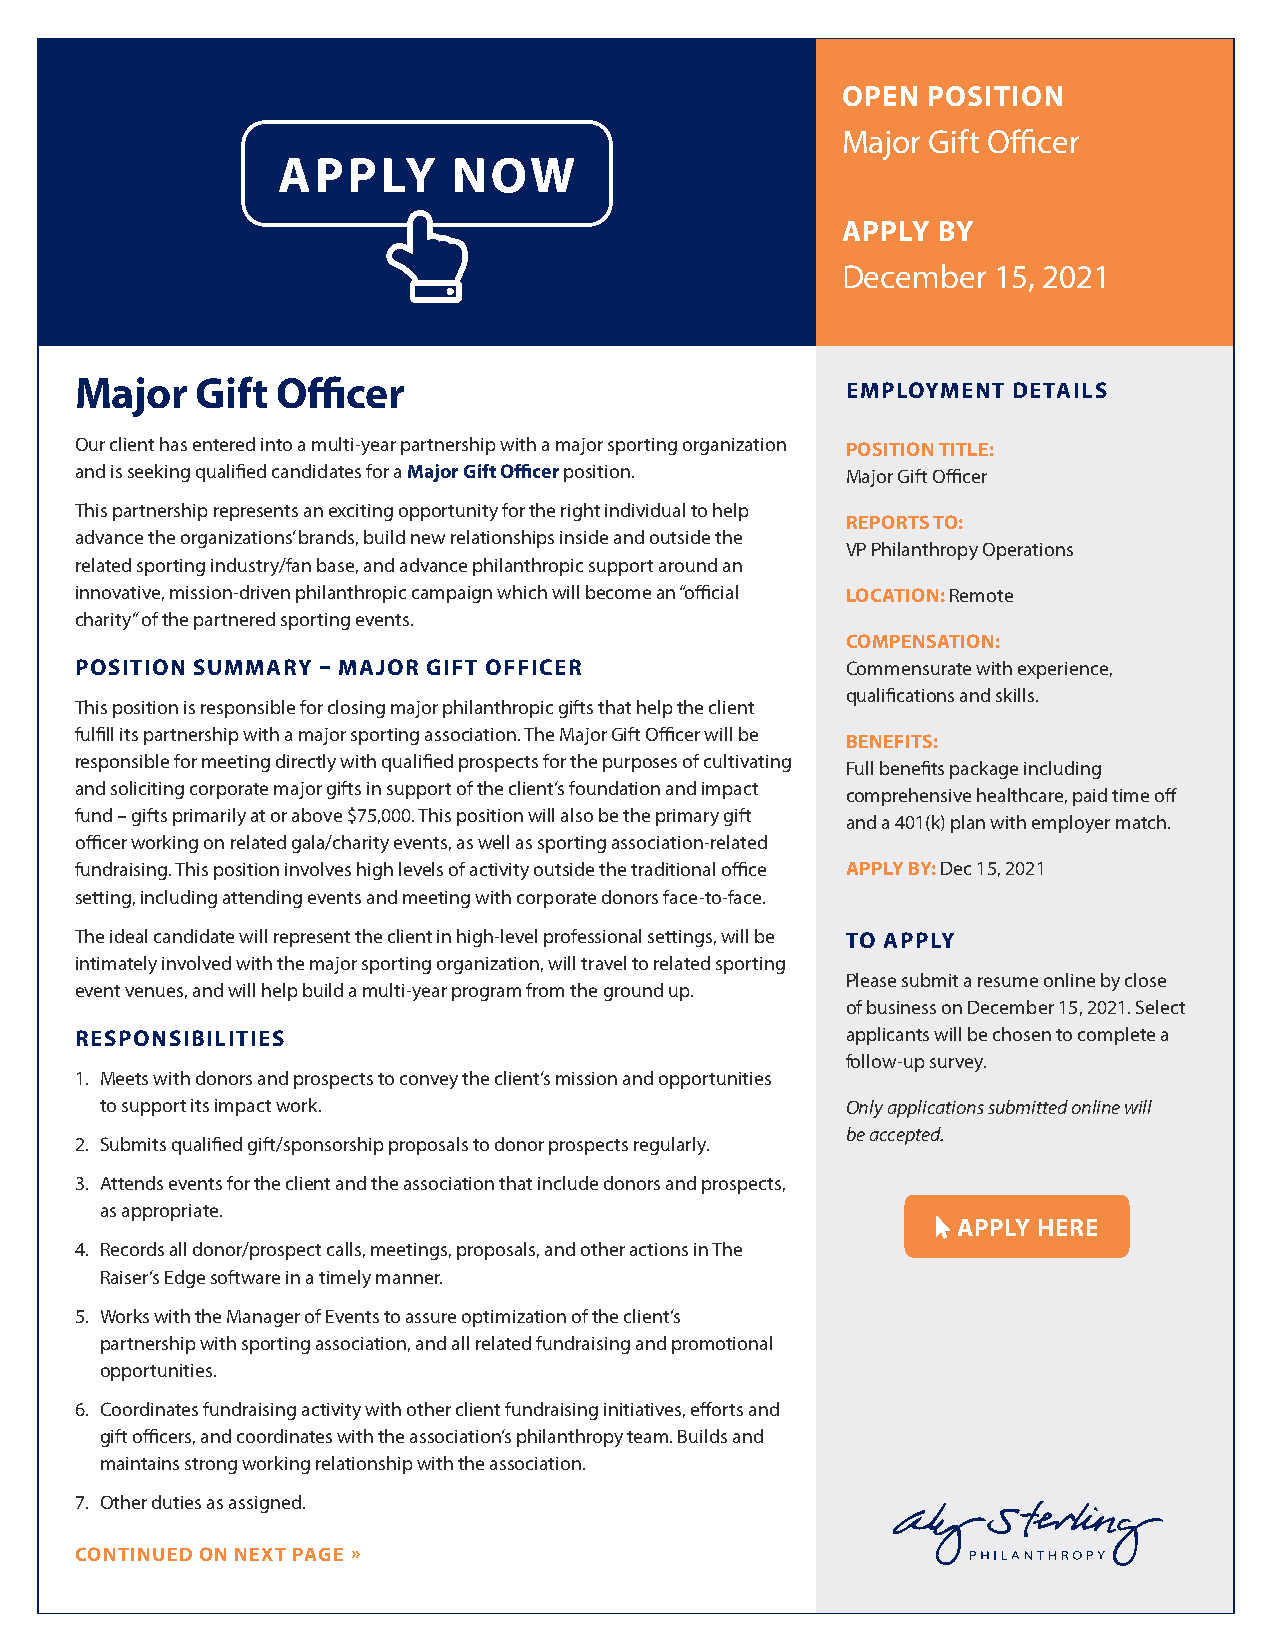
OPEN POSITION
 Major Gift Officer
 APPLY       NOW
 APPLY BY
 December  15, 2021
 Major   Gift Officer                               EMPLOYMENT DETAILS
 Our client has entered into a multi-year partnership with a major sporting organization POSITION TITLE:
 and is seeking qualified candidates for a Major Gift Officer position. Major Gift Officer
 This partnership represents an exciting opportunity for the right individual to help
 REPORTS TO:
 advance the organizations’ brands, build new relationships inside and outside the
 VP Philanthropy Operations
 related sporting industry/fan base, and advance philanthropic support around an
 innovative, mission-driven philanthropic campaign which will become an “official LOCATION: Remote
 charity” of the partnered sporting events.
 COMPENSATION:
 POSITION SUMMARY – MAJOR GIFT OFFICER              Commensurate with experience,
 qualifications and skills.
 This position is responsible for closing major philanthropic gifts that help the client
 fulfill its partnership with a major sporting association. The Major Gift Officer will be
 BENEFITS:
 responsible for meeting directly with qualified prospects for the purposes of cultivating
 Full benefits package including
 and soliciting corporate major gifts in support of the client’s foundation and impact
 comprehensive healthcare, paid time off
 fund – gifts primarily at or above $75,000. This position will also be the primary gift
 and a 401(k) plan with employer match.
 officer working on related gala/charity events, as well as sporting association-related
 fundraising. This position involves high levels of activity outside the traditional office APPLY BY: Dec 15, 2021
 setting, including attending events and meeting with corporate donors face-to-face.
 The ideal candidate will represent the client in high-level professional settings, will be TO APPLY
 intimately involved with the major sporting organization, will travel to related sporting
 Please submit a resume online by close
 event venues, and will help build a multi-year program from the ground up.
 of business on December 15, 2021. Select
 RESPONSIBILITIES                                   applicants will be chosen to complete a
 follow-up survey.
 1. Meets with donors and prospects to convey the client’s mission and opportunities
 to support its impact work.                      Only applications submitted online will
 be accepted.
 2. Submits qualified gift/sponsorship proposals to donor prospects regularly.
 3. Attends events for the client and the association that include donors and prospects,
 as appropriate.
 mouse-pointer APPLY HERE
 4. Records all donor/prospect calls, meetings, proposals, and other actions in The
 Raiser’s Edge software in a timely manner.
 5. Works with the Manager of Events to assure optimization of the client’s
 partnership with sporting association, and all related fundraising and promotional
 opportunities.
 6. Coordinates fundraising activity with other client fundraising initiatives, efforts and
 gift officers, and coordinates with the association’s philanthropy team. Builds and
 maintains strong working relationship with the association.
 7. Other duties as assigned.
 CONTINUED ON NEXT PAGE »